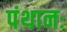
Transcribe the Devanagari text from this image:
पंथानः